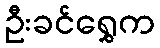
ဦးခင်ရွှေက